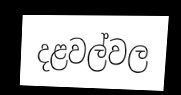
දළවල්වල